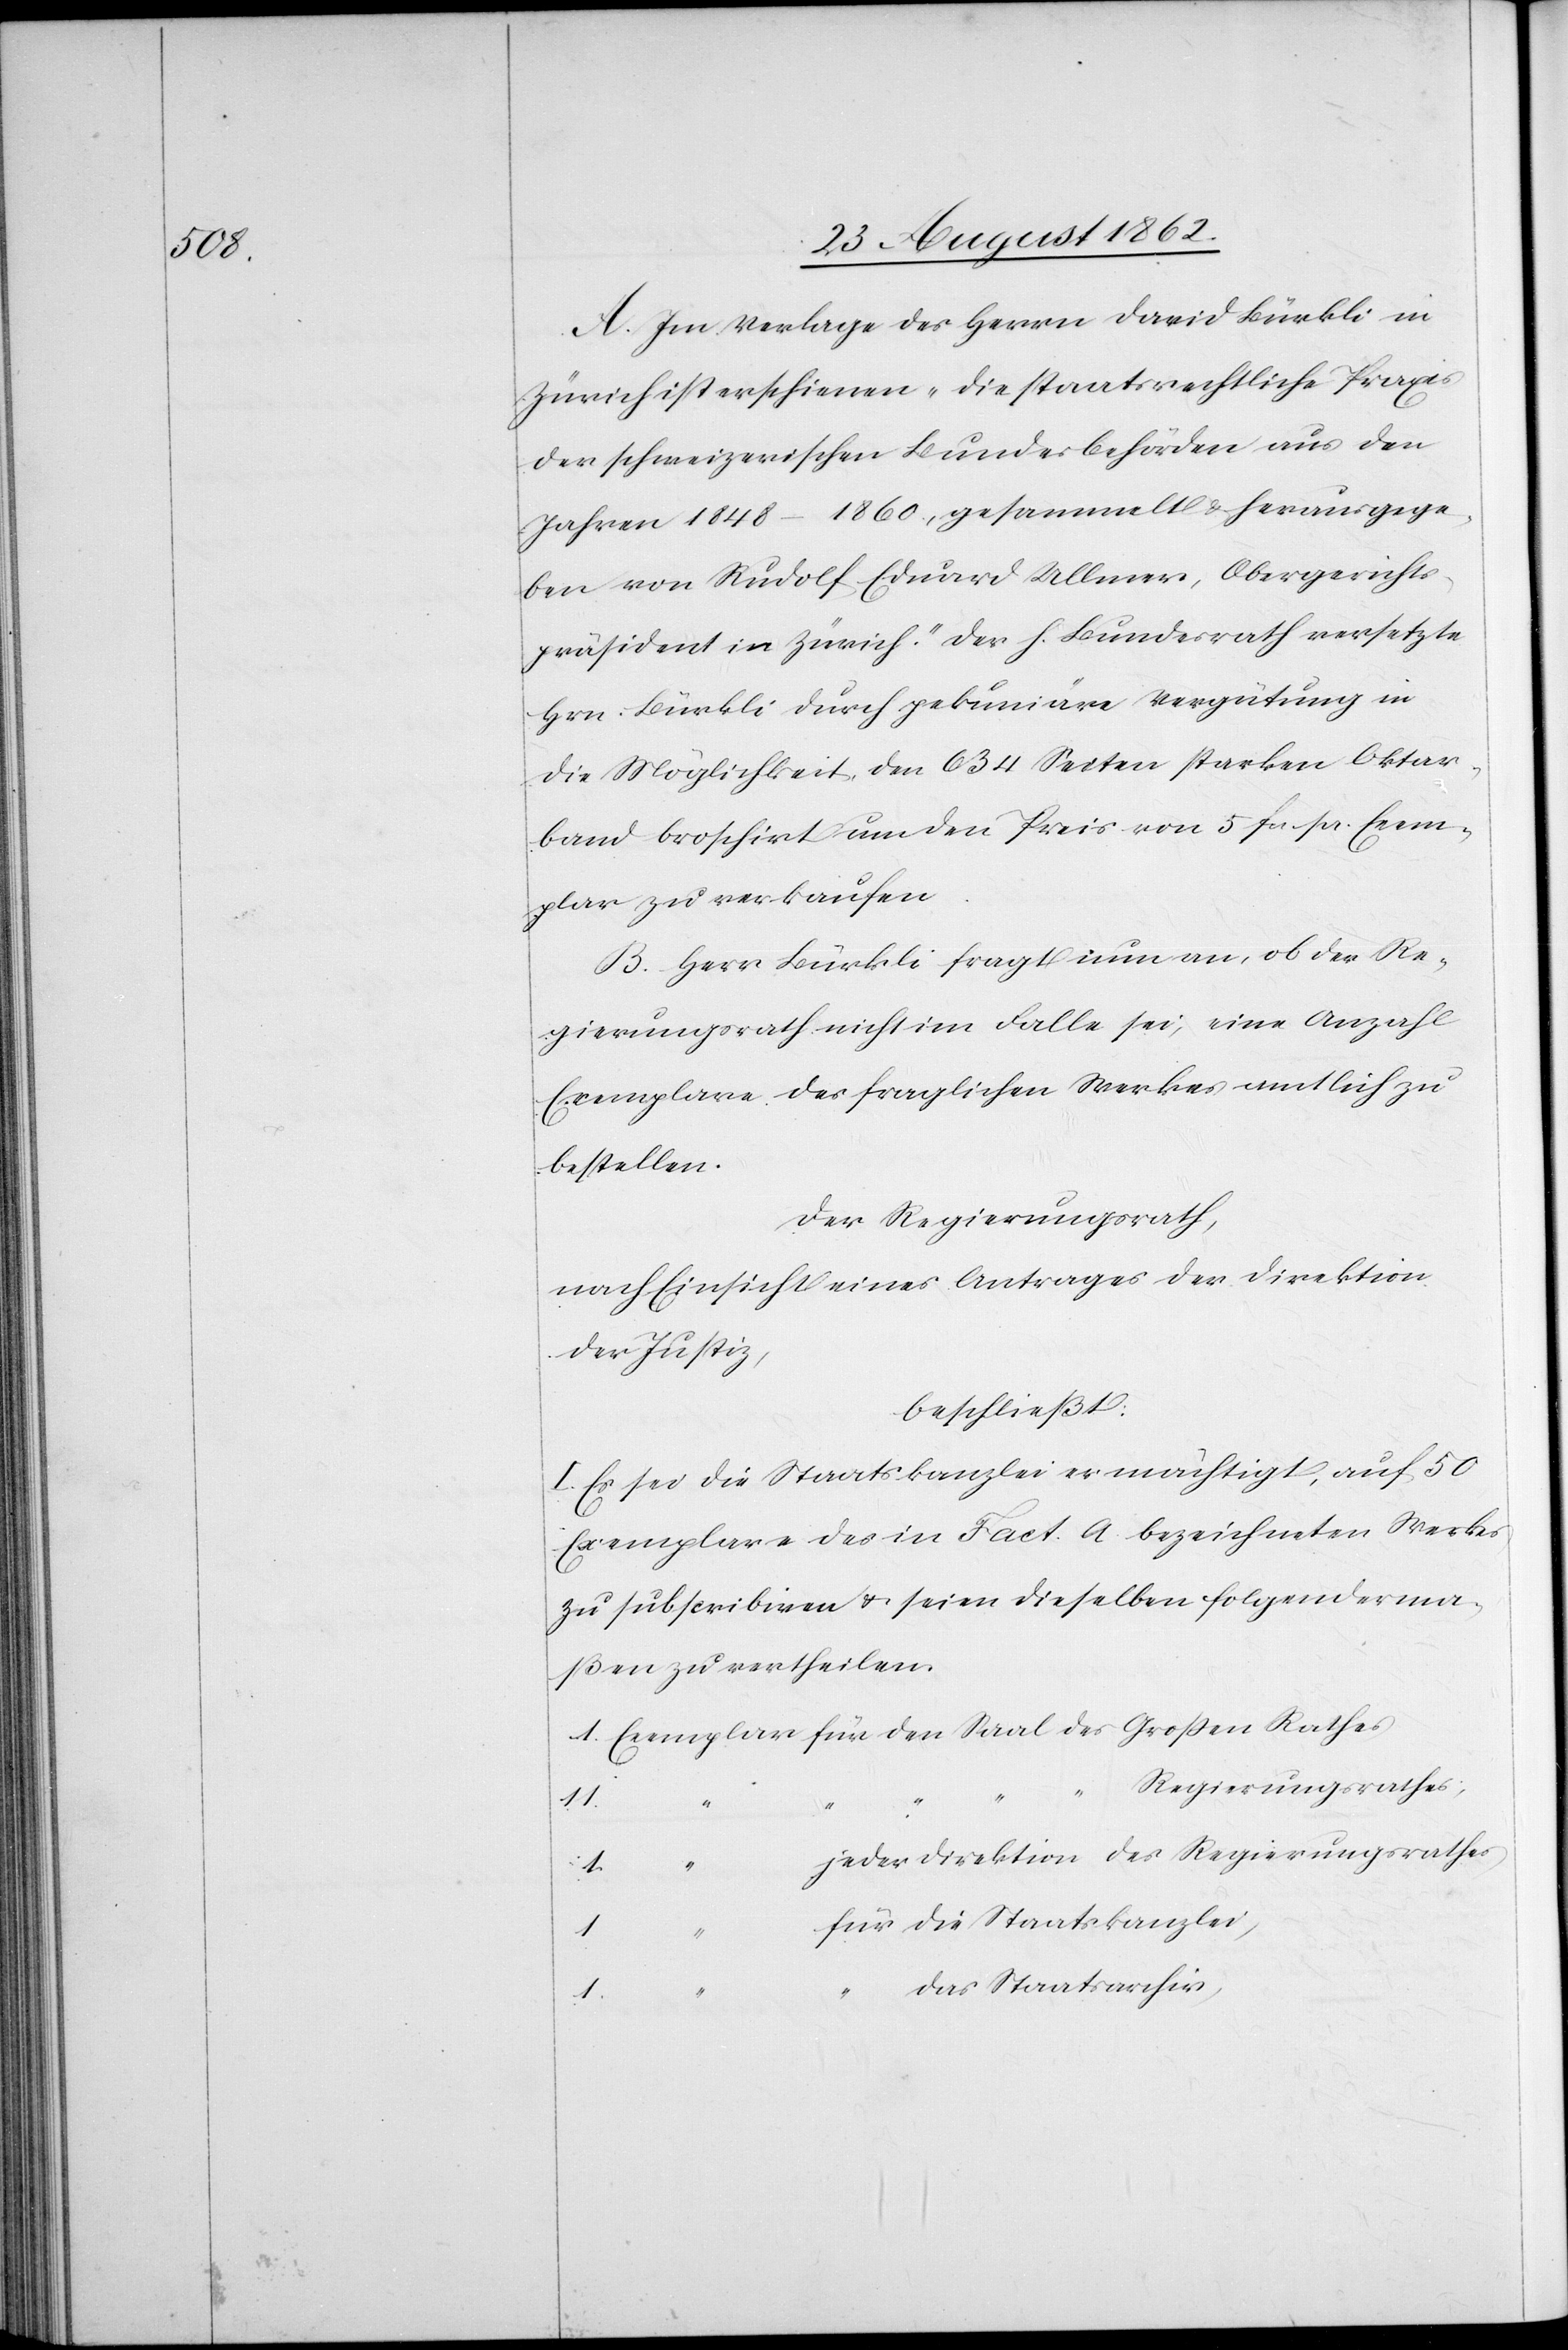
A. Im Verlage des Herrn David Bürkli in
Zürich ist erschienen „Die staatsrechtliche Praxis
der schweizerischen Bundesbehörden aus den
Jahren 1848–1860; gesammelt u. herausgege¬
ben von Rudolf Eduard Ullmer, Obergerichts¬
präsident in Zürich.“ Der h. Bundesrath versetzte
Hrn. Bürkli durch pekuniäre Vergütung in
die Möglichkeit, den 634 Seiten starken Oktar¬
band broschirt um den Preis von 5 fcs. pr. Exem¬
plar zu verkaufen.
B. Herr Bürkli fragt nun an, ob der Re¬
gierungsrath nicht im Falle sei, eine Anzahl
Exemplare des fraglichen Werkes amtlich zu
bestellen.
Der Regierungsrath,
nach Einsicht eines Antrages der Direktion
der Justiz,
beschließt:
I. Es sei die Staatskanzlei ermächtigt, auf 50
Exemplare des in Fact. A bezeichneten Werkes
zu subscribiren u. seien dieselben folgenderma¬
ßen zu vertheilen.
Regierungsrathes,
1
jeder Direktion des Regierungsrathes,
für
die Staatskanzlei,
1
das Staatsarchiv,